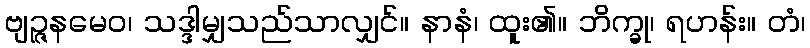
ဗျဉ္ဇနမေဝ၊ သဒ္ဒါမျှသည်သာလျှင်။ နာနံ၊ ထူး၏။ ဘိက္ခု၊ ရဟန်း။ တံ၊